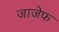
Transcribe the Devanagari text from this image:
जाजेफ